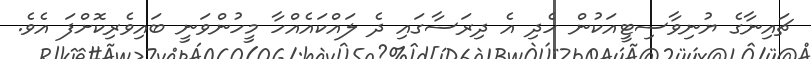
ޗައިނާގެ ޔުނިވާސިޓީއަކުން ހެދި އެ ދިރަސާގައި ދެ ލައްކައެއްހާ މީހުންވަނީ ބައިވެރިކޮށްފަ އެވެ.